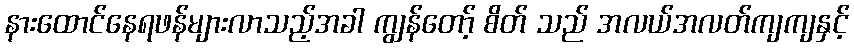
နားထောင်နေရဖန်များလာသည့်အခါ ကျွန်တော့် စိတ် သည် အလယ်အလတ်ကျကျနှင့်